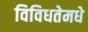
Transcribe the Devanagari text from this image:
विविधतेमधे